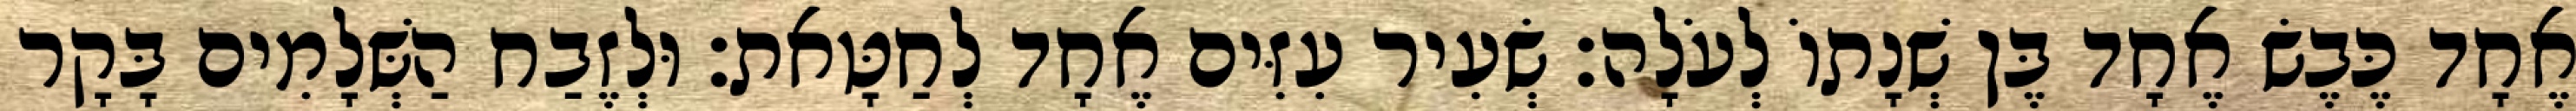
אֶחָד כֶּבֶשׂ אֶחָד בֶּן שְׁנָתוֹ לְעֹלָה׃ שְׂעִיר עִזִּים אֶחָד לְחַטָּאת׃ וּלְזֶבַח הַשְּׁלָמִים בָּקָר